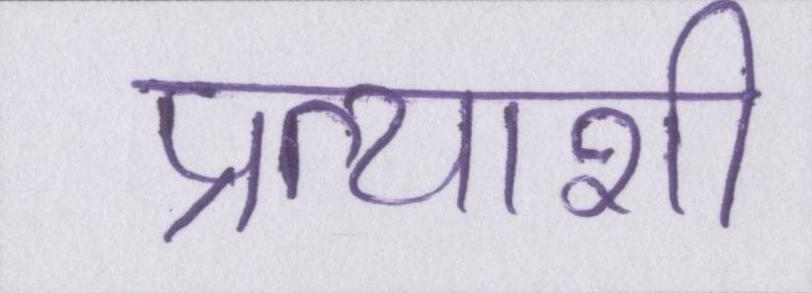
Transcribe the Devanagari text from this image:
प्रत्याशी